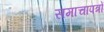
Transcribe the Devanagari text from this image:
समाचापत्रों